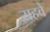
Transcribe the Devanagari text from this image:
यहवे